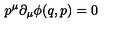
p ^ { \mu } \partial _ { \mu } \phi ( q , p ) = 0